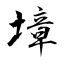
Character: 墇